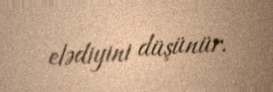
elədiyini düşünür.